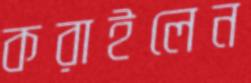
করাইলেন